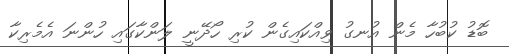
ބޮޑު ކުބުހާ މެން އުނގު ވިއްކައިގެން ކުރި ހޯދޭނީ ލަންކާގައި ހުންނަ އެމެރިކާ